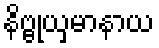
နိဗ္ဗုယှမာနာယ